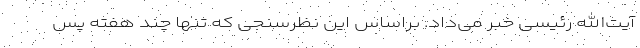
آیت‌الله رئیسی خبر می‌داد. براساس این نظرسنجی که تنها چند هفته پس